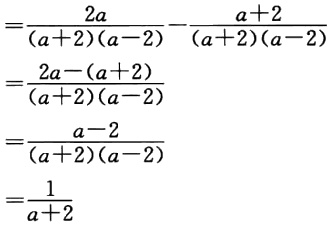
\[

\begin{align*}

&=\frac{2a}{(a + 2)(a - 2)}-\frac{a + 2}{(a + 2)(a - 2)}\\

&=\frac{2a-(a + 2)}{(a + 2)(a - 2)}\\

&=\frac{a - 2}{(a + 2)(a - 2)}\\

&=\frac{1}{a + 2}

\end{align*}

\]